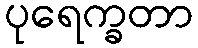
ပုရေက္ခတာ